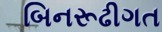
બિનરૂઢીગત